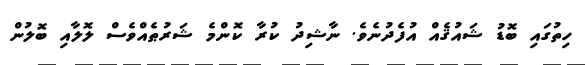
ހިތުގައި ބޮޑު ޝައުޤެއް އުފެދުނެވެ. ނާޝިދު ކުރާ ކޮންމެ ޝަރުޠެއްވެސް ލޮލާއި ބޮލުން